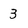
Character: 3